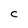
Character: c